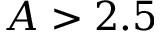
A > 2 . 5